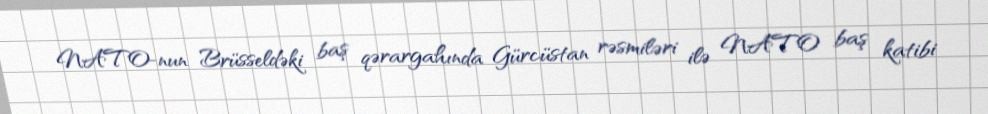
NATO-nun Brüsseldəki baş qərargahında Gürcüstan rəsmiləri ilə NATO baş katibi